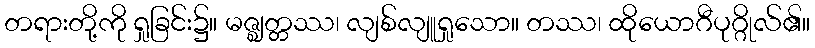
တရားတို့ကို ရှုခြင်း၌။ မဇ္ဈတ္တဿ၊ လျစ်လျူရှုသော။ တဿ၊ ထိုယောဂီပုဂ္ဂိုလ်၏။